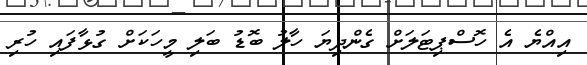
އިއްޔެ އެ ހޮސްޕިޓަލަށް ގެންދިޔަ ހާލު ބޮޑު ބަލި މީހަކަށް ގުޅާފައި ހުރި